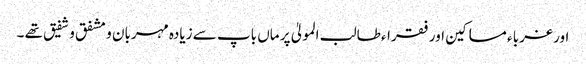
اور غربا ء مساکین اور فقراء طالب المولیٰ پر ماں باپ سے زیادہ مہربان و مشفق و شفیق تھے ۔